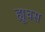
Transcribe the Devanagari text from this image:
ह्यूघस